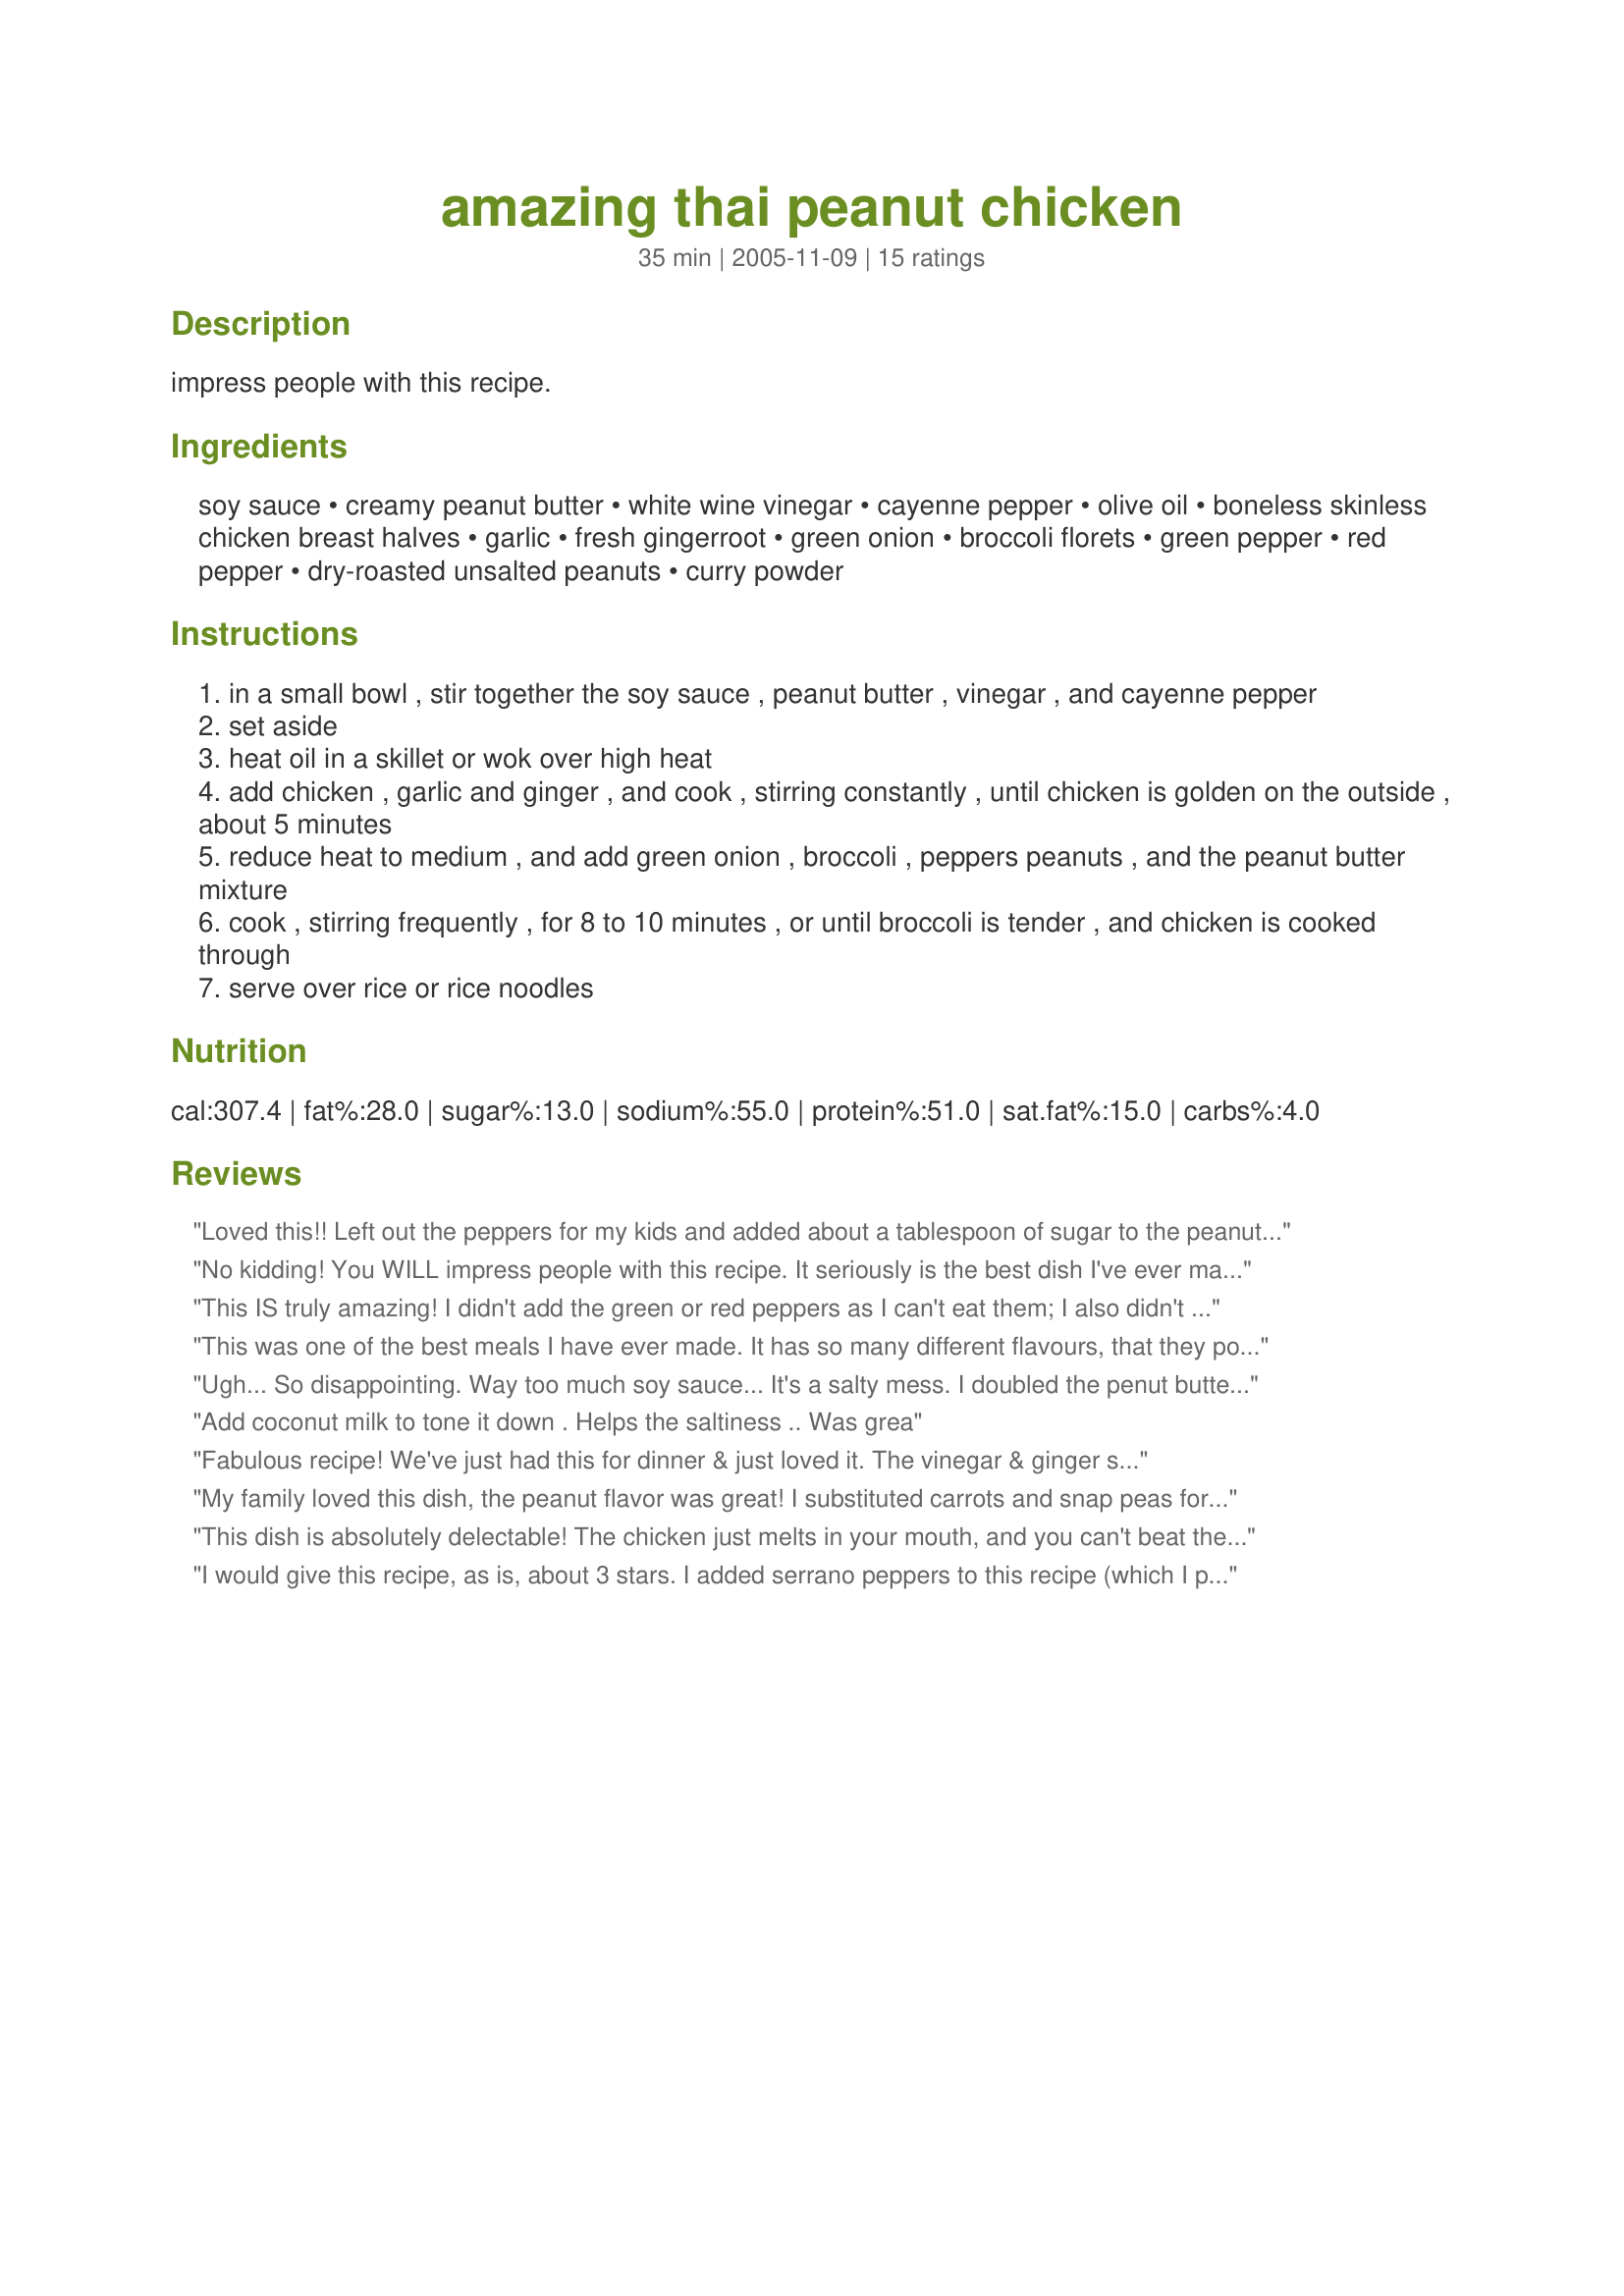
amazing thai peanut chicken
Preparation time: 35 minutes

impress people with this recipe.

Ingredients:
soy sauce, creamy peanut butter, white wine vinegar, cayenne pepper, olive oil, boneless skinless chicken breast halves, garlic, fresh gingerroot, green onion, broccoli florets, green pepper, red pepper, dry-roasted unsalted peanuts, curry powder

Steps:
in a small bowl , stir together the soy sauce , peanut butter , vinegar , and cayenne pepper
set aside
heat oil in a skillet or wok over high heat
add chicken , garlic and ginger , and cook , stirring constantly , until chicken is golden on the outside , about 5 minutes
reduce heat to medium , and add green onion , broccoli , peppers peanuts , and the peanut butter mixture
cook , stirring frequently , for 8 to 10 minutes , or until broccoli is tender , and chicken is cooked through
serve over rice or rice noodles

Reviews:
Loved this!! Left out the peppers for my kids and added about a tablespoon of sugar to the peanut sauce. My hubby is dieting, so I pulled a good portion of the sauteed chicken & broccoli before adding the sauce, so I only used a portion of the sauce & did it by taste. It was fantastic and the kids & I loved it! We served it over vermicelli bean threads & think it would be great over rice as well. Thanks!! I'm sure I'll get requests for this again!
No kidding! You WILL impress people with this recipe. It seriously is the best dish I've ever made! DELICIOUS. Thank you.
This IS truly amazing! I didn't add the green or red peppers as I can't eat them; I also didn't have any peanuts so didn't add them; and I had to use regular white vinegar as that's all I had, but I used 3 tsp vinegar and 2 tsp water because I figured white wine or rice vinegar aren't as strong as regular vinegar. I also added a few drops of chili oil to the olive oil. The garlic and ginger give this such a great flavor. Prep time isn't really all that long once you get everything chopped, etc. It goes together very quickly. Very good meal that is restaurant quality. I'll be having this quite often. Thanks for a wonderful recipe.
This was one of the best meals I have ever made. It has so many different flavours, that they pop in your mouth. 
Stephanie
Ugh... So disappointing. Way too much soy sauce... It's a salty mess. I doubled the penut butter and spices once I realized there was just too much soy sauce, and it was STILl overpowered.<br/><br/>I love amazing chicken, but it should be smith and peanutty... Not like this. Do yourself a favor and skip this one.
Add coconut milk to tone it down . Helps the saltiness .. Was grea
Fabulous recipe! We've just had this for dinner & just loved it. The vinegar & ginger separates this from a regular satay. I'm glad I didn't bother with the curry powder. Thanks for sharing this winner.
My family loved this dish, the peanut flavor was great! I substituted carrots and snap peas for the broccoli since our family isn't a big fan of broccoli. Also, I only made 1/2 a recipe because a full recipe would just make way too much food for two adults and two small children, especially when combined with a side of rice.
This dish is absolutely delectable! The chicken just melts in your mouth, and you can't beat the combination peanut butter-garlic-ginger combo. I'm a terribly slow cook who likes her dishes spicy, so it took me a bit longer to prep and I added a few drops of chili oil to wake it up, but overall this is brilliant. Served with three-minute Trader Joe's microwavable jasmine rice, dinner was done before I knew it.
I would give this recipe, as is, about 3 stars.
I added serrano peppers to this recipe (which I put in with the garlic and ginger at the beginning) and coconut milk (which I added when adding the peanut mixture) and I&#039;ve gotta say I&#039;m pretty happy with how it came out.
I think if you were to make this recipe as it, you would need to make at least double of what they ask for it to come out right. I made it with about 4 times the amount of peanut mixture just to really give my coconut milk something to stick to- seeing as how thai sauce and coconut go hand in hand for me.
I think this is a great starter recipe that allows you to play and also shows you the measurement foundations for a great sauce!
Why didn't I read the reviews before starting this? I followed it exactly, tried it and thought I must have done something wrong. As others said - ENTIRELY too salty, terrible blend of flavours. To make it passable I added a full can of coconut milk (with a bit of cornstarch to thicken it), sugar (about 1/4 cup) and the juice if one lemon to bring back the acidity. Never again.
This recipe had such promise and turned out so ... terrible. What a disappointment! I followed it to the letter, but all the while I kept saying to myself, "Isn't 7 tablespoons of soy going to be wayyyy too salty?," and "shouldn't I stir-fry the veggies by themselves, otherwise they'll never cook right"? I should have listened to myself. It was too salty, and way too dry. When I poured the sauce into the wok, I still had to add almost a cup of water over the cooking period in order for the broccoli to cook. DH said he didn't even know it had peanut butter in it, couldn't taste it at all. Sorry, this one is NOT going to be a repeat for us.
Wow. Delectable, exotic, and SAVED to my recipes. Thanks so much.
I made this for my husband and myself for a quick dinner. The flavors are delicious. I did have to add some water, about half a cup, but otherwise I followed the recipe.
Waaaay TOO SALTY!! 7 Tablespoons of Soy sauce is TOO MUCH. Made the whole recipe, eh.
